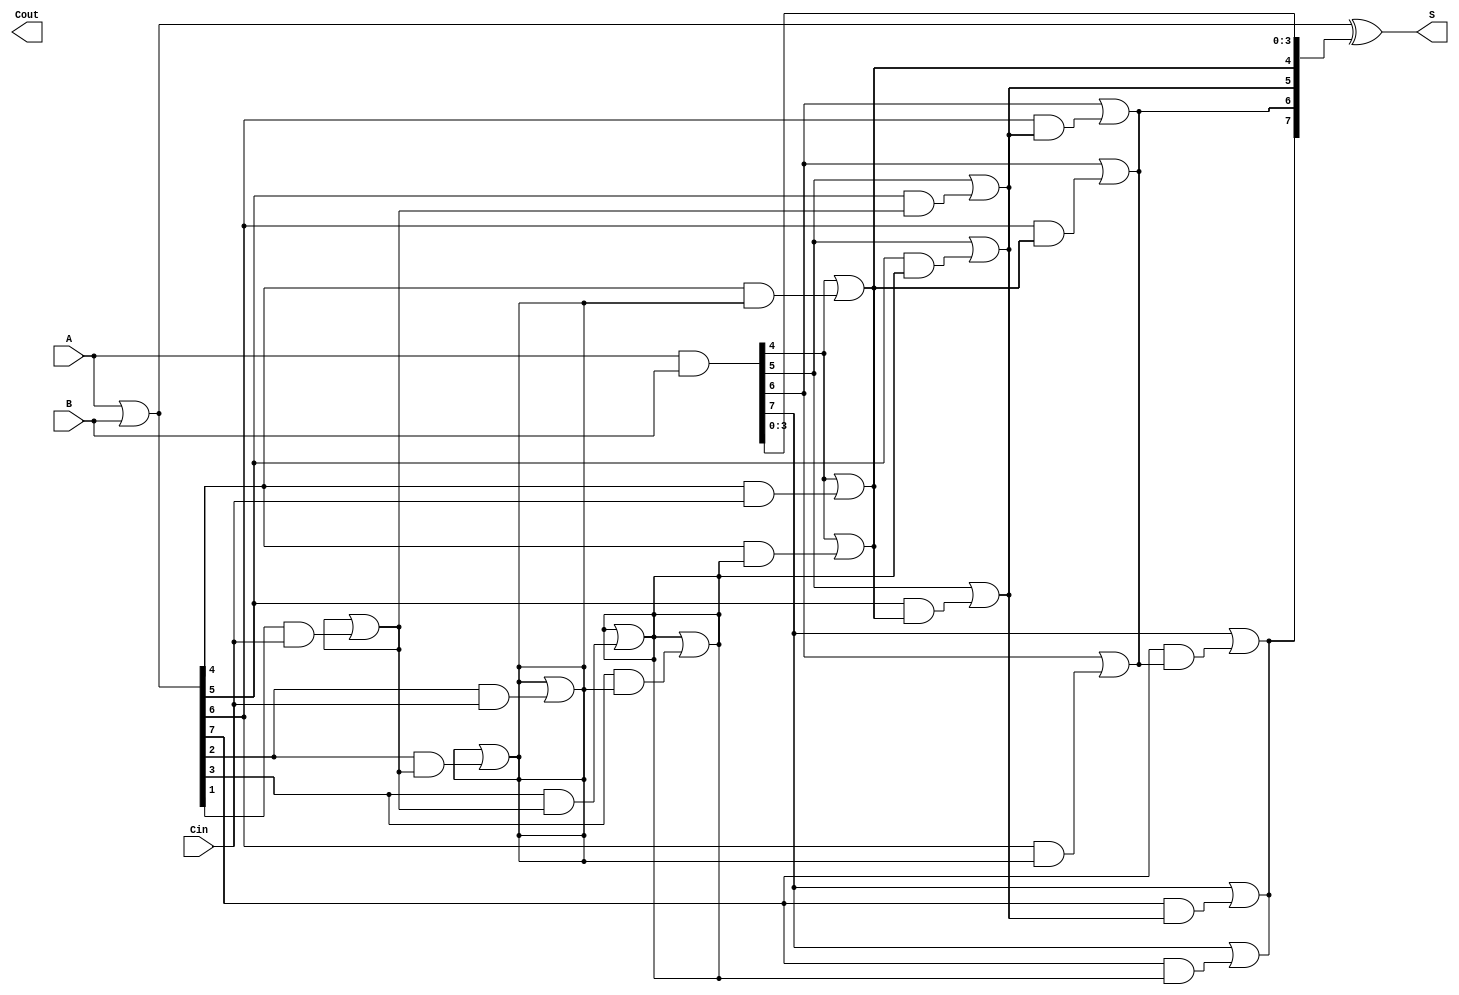
module brent_kung_adder #(parameter N = 8) (
    input  [N-1:0] A,
    input  [N-1:0] B,
    input          Cin,
    output [N-1:0] S,
    output         Cout
);
    
    // Generate and Propagate Signals
    wire [N-1:0] G; // Generate signals
    wire [N-1:0] P; // Propagate signals
    wire [N:0] C;   // Carry signals, C[0] is the input carry

    assign G = A & B;          // Generate signals
    assign P = A | B;          // Propagate signals
    assign C[0] = Cin;         // Initial carry input

    // Brent-Kung Adder Carry Calculation
    genvar i, l;
    generate
        for (l = 0; l < $clog2(N); l = l + 1) begin : level
            for (i = 0; i < N; i = i + 1) begin : carry
                if (i >= (1 << l)) begin
                    assign C[i] = G[i] | (P[i] & C[i - (1 << l)]);
                end else begin
                    assign C[i] = G[i];
                end
            end
        end
    endgenerate

    // Sum Calculation
    assign S = P ^ C[N-1:0];  // Sum bits calculated using propagate and carry signals
    assign Cout = C[N];       // Final carry out

endmodule